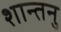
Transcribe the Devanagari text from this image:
शान्‍तनु